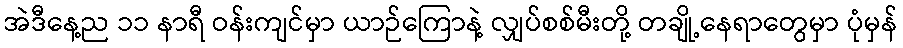
အဲဒီနေ့ည ၁၁ နာရီ ဝန်းကျင်မှာ ယာဉ်ကြောနဲ့ လျှပ်စစ်မီးတို့ တချို့နေရာတွေမှာ ပုံမှန်